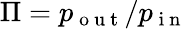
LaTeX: \Pi=p_{\mathrm{~o~u~t~}}/p_{\mathrm{~i~n~}}